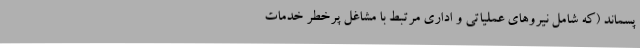
پسماند (که شامل نیروهای عملیاتی و اداری مرتبط با مشاغل پرخطر خدمات